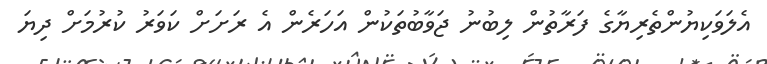
އެލަވަކިޔުންތެރިޔާގެ ފަރާތުން ލިބުނު ޖަވާބުތަކުން އަހަރެން އެ ރަށަށް ކަވަރު ކުރުމަށް ދިޔަ